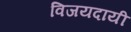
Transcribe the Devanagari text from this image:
विजयदायी